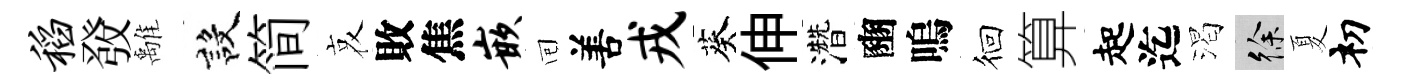
稻𤼲𩀌設简哀敗焦嵌囘𠵊戎葵伸濳豳嗚徊算起迄渴徐夏𥘉